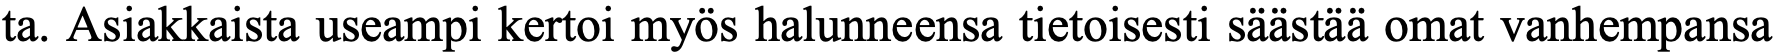
ta. Asiakkaista useampi kertoi myös halunneensa tietoisesti säästää omat vanhempansa